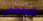
المقطعي